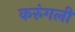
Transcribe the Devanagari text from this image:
करुंगली